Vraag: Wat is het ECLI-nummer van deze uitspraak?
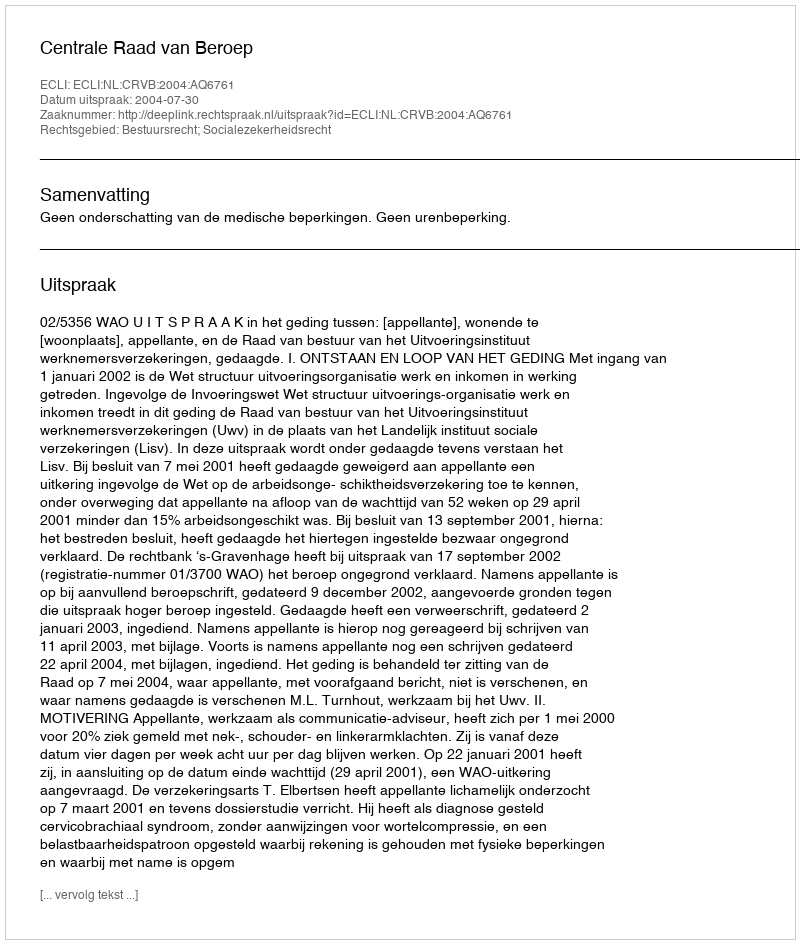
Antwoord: ECLI:NL:CRVB:2004:AQ6761